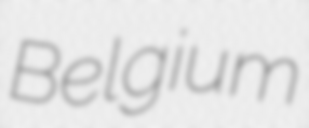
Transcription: Belgium